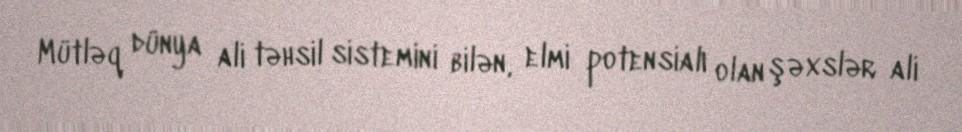
Mütləq dünya ali təhsil sistemini bilən, elmi potensialı olan şəxslər ali